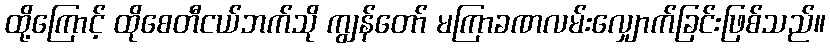
ထို့ကြောင့် ထိုစေတီငယ်ဘက်သို ကျွန်တော် မကြာခဏလမ်းလျှောက်ခြင်းဖြစ်သည်။